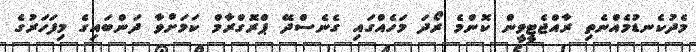
މެދުކެނޑުމެއްނެތި ރާއްޖެޓީވީން ކޮންމެ ރޯދަ މަހެއްގައި ގެނެސްދޭ ޕްރޮގްރާމް ކަމަށްވާ ދަންބައިގެ މިފަހަރުގެ